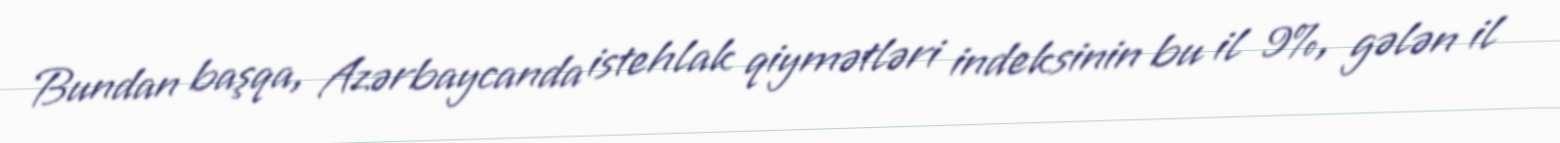
Bundan başqa, Azərbaycanda istehlak qiymətləri indeksinin bu il 9%, gələn il